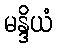
မန္ဒိယံ